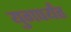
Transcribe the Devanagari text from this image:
युगपर्यंत